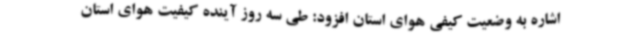
اشاره به وضعیت کیفی هوای استان افزود: طی سه روز آینده کیفیت هوای استان